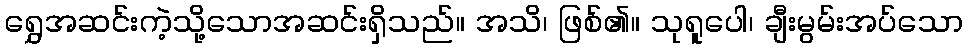
ရွှေအဆင်းကဲ့သို့သောအဆင်းရှိသည်။ အသိ၊ ဖြစ်၏။ သုရူပေါ၊ ချီးမွမ်းအပ်သော